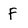
Character: F